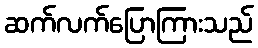
ဆက်လက်ပြောကြားသည်